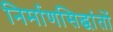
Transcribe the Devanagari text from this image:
निर्माणसिद्धांतों